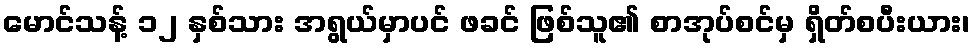
မောင်သန့် ၁၂ နှစ်သား အရွယ်မှာပင် ဖခင် ဖြစ်သူ၏ စာအုပ်စင်မှ ရှိတ်စပီးယား၊